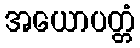
အယောပတ္တံ